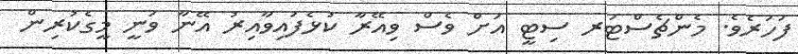
ފަހަރެވެ. މެންޗެސްޓަރ ސިޓީ އަށް ވެސް ވިއޭރާ ކުޅެފައިވާއިރު އޭނާ ވަނީ މީގެކުރިން